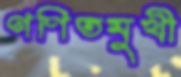
গণিতমুখী